Leprosy in India: report of the Leprosy Commission in India, 1890-91
Year: 1890
Disease focus: Leprosy
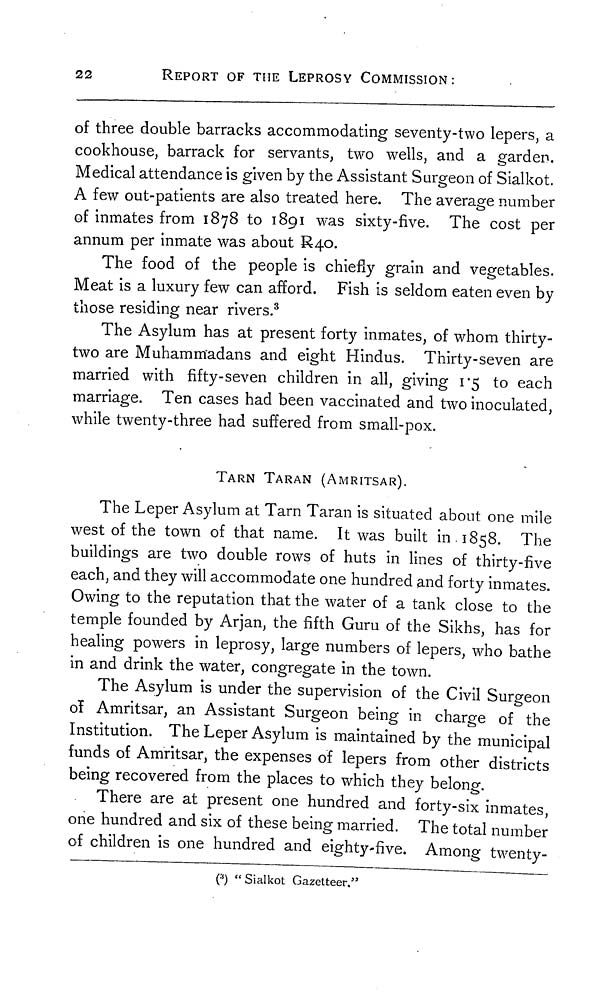
22
REPORT OF THE LEPROSY COMMISSION:
of three double barracks accommodating seventy-two lepers, a
cookhouse, barrack for servants, two wells, and a garden.
Medical attendance is given by the Assistant Surgeon of Sialkot.
A few out-patients are also treated here. The average number
of inmates from 1878 to 1891 was sixty-five. The cost per
annum per inmate was about R40.
The food of the people is chiefly grain and vegetables.
Meat is a luxury few can afford. Fish is seldom eaten even by
those residing near rivers. 3
The Asylum has at present forty inmates, of whom thirty-
two are Muhammadans and eight Hindus. Thirty-seven are
married with fifty-seven children in all, giving 1.5 to each
marriage. Ten cases had been vaccinated and two inoculated,
while twenty-three had suffered from small-pox.
TARN TARAN (AMRITSAR).
The Leper Asylum at Tarn Taran is situated about one mile
west of the town of that name. It was built in 1858. The
buildings are two double rows of huts in lines of thirty-five
each, and they will accommodate one hundred and forty inmates.
Owing to the reputation that the water of a tank close to the
temple founded by Arjan, the fifth Guru of the Sikhs, has for
healing powers in leprosy, large numbers of lepers, who bathe
in and drink the water, congregate in the town.
The Asylum is under the supervision of the Civil Surgeon
of Amritsar, an Assistant Surgeon being in charge of the
Institution. The Leper Asylum is maintained by the municipal
funds of Amritsar, the expenses of lepers from other districts
being recovered from the places to which they belong.
There are at present one hundred and forty-six inmates
one hundred and six of these being married. The total number
of children is one hundred and eighty-five. Among twenty-
( 3 ) "Sialkot Gazetteer."